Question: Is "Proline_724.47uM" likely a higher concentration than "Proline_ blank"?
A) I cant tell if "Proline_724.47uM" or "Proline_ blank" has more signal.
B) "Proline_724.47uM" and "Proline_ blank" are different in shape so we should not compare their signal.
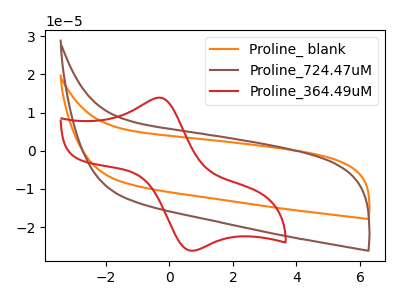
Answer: <think>The orange curve "Proline_ blank" has no peaks. The brown curve "Proline_724.47uM" has no peaks. The red curve "Proline_364.49uM" has an anodic peak at (-0.30V, 13.90uA) and a cathodic peak at (0.70V, -26.20uA).
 Neither "Proline_724.47uM" or "Proline_ blank" have any peaks.</think>
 <answer>A) I cant tell if "Proline_724.47uM" or "Proline_ blank" has more signal.</answer>
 <eval>A</eval>